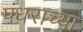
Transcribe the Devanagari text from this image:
पंधराच्या